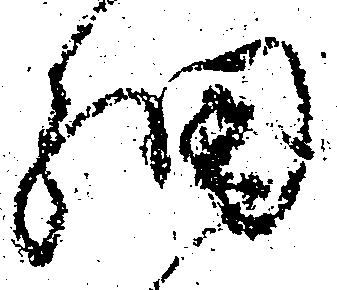
細